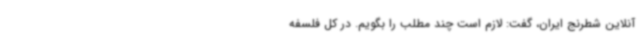
آنلاین شطرنج ایران، گفت: لازم است چند مطلب را بگویم. در کل فلسفه